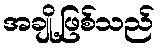
အချို့ဖြစ်သည်